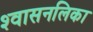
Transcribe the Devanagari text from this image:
श्‍वासनलिका